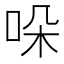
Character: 哚